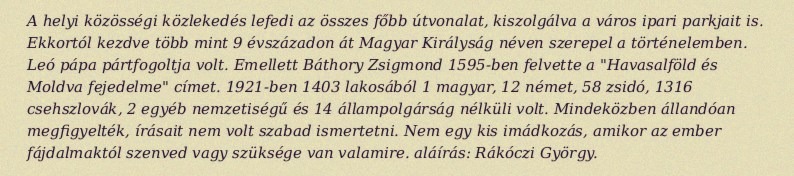
A helyi közösségi közlekedés lefedi az összes főbb útvonalat, kiszolgálva a város ipari parkjait is. Ekkortól kezdve több mint 9 évszázadon át Magyar Királyság néven szerepel a történelemben. Leó pápa pártfogoltja volt. Emellett Báthory Zsigmond 1595-ben felvette a "Havasalföld és Moldva fejedelme" címet. 1921-ben 1403 lakosából 1 magyar, 12 német, 58 zsidó, 1316 csehszlovák, 2 egyéb nemzetiségű és 14 állampolgárság nélküli volt. Mindeközben állandóan megfigyelték, írásait nem volt szabad ismertetni. Nem egy kis imádkozás, amikor az ember fájdalmaktól szenved vagy szüksége van valamire. aláírás: Rákóczi György.